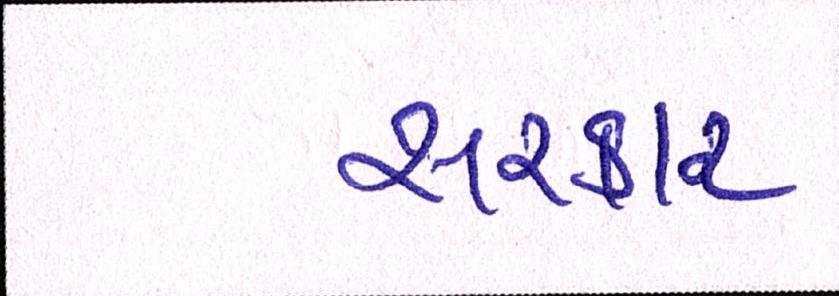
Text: સરકાર